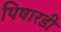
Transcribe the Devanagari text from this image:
पिषारडी